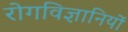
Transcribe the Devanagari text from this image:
रोगविज्ञानियों